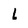
Character: l